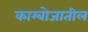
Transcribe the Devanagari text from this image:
काम्बोजातील